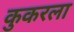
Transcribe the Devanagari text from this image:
कुकरला